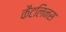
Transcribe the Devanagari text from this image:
कैटलिनस